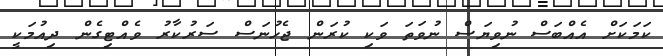
ކަމަކަށް އެއްބަސް ނުވިޔަސް ނުވަތަ ވަކި ކުރަން ޖެހުނަސް ސަރުކާރު ވެއްޓިގެން ދިއުމަކީ